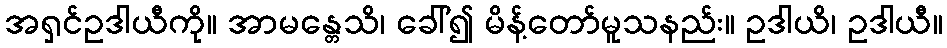
အရှင်ဥဒါယီကို။ အာမန္တေသိ၊ ခေါ်၍ မိန့်တော်မူသနည်း။ ဥဒါယိ၊ ဥဒါယီ။